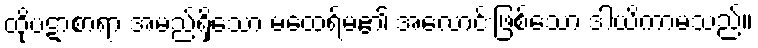
ထိုပဋာစာရာ အမည်ရှိသော မထေရ်မ၏ အလောင်းဖြစ်သော ဒါယိကာမသည်။